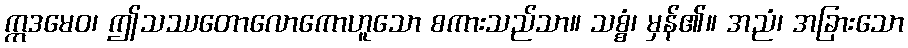
ဣဒမေဝ၊ ဤသဿတောလောကောဟူသော စကားသည်သာ။ သစ္စံ၊ မှန်၏။ အညံ၊ အခြားသော